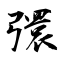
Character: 彋